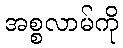
အစ္စလာမ်ကို